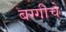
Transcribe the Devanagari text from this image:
बग्गीचे